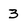
Character: 3